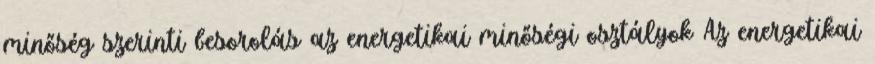
minőség szerinti besorolás az energetikai minőségi osztályok Az energetikai